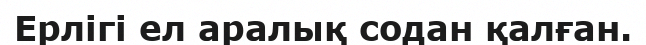
Ерлігі ел аралық содан қалған.